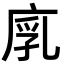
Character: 𢉚